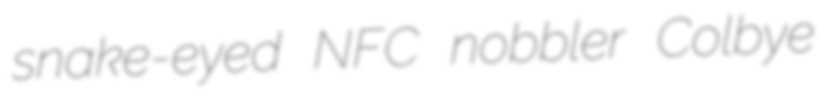
snake-eyed NFC nobbler Colbye